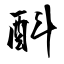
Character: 酙